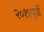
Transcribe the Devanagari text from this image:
२०१४पूर्वी